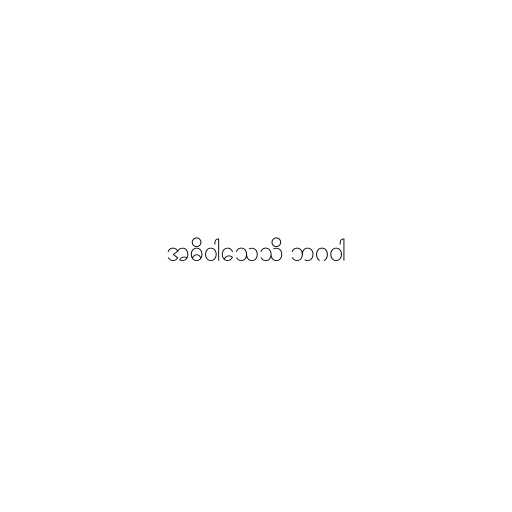
အဓိဝါသေသိ ဘဂဝါ